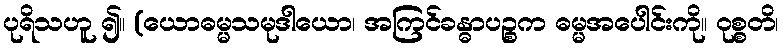
ပုရိသဟူ ၍။ (ယောဓမ္မသမုဒါယော၊ အကြင်ခန္ဓာပဉ္စက ဓမ္မအပေါင်းကို။ ဝုစ္စတိ၊